Lunatic asylums United Provinces 1909-1921 - 1909-1921
Year: 1909
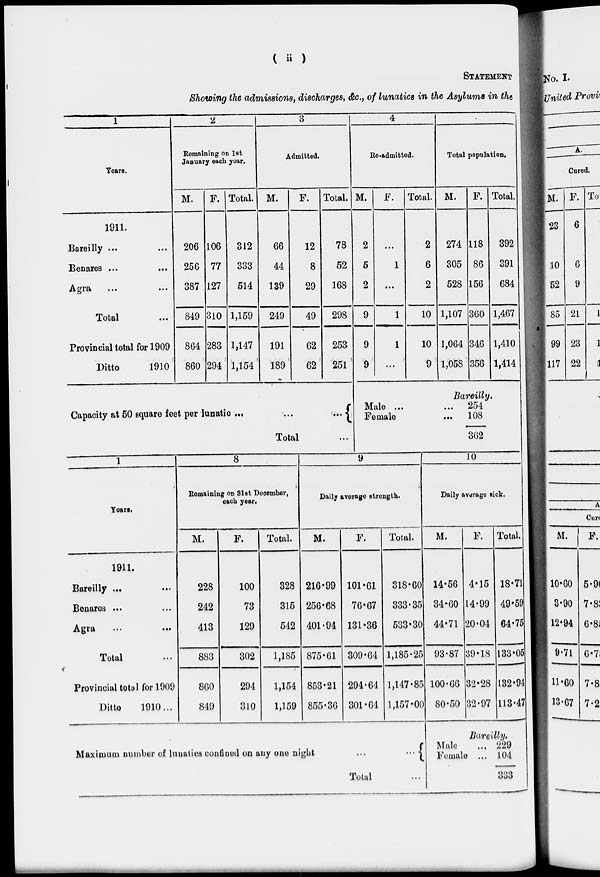
( ii )
STATEMENT
Showing the admissions, discharges, &c, of lunatics in the Asylums in the
1
Years.
1911.
Bareilly ... ...
Benares ...
...
Agra ... ...
Total ...
Provincial total for 1909
Ditto
1910
2
Remaining on 1st
January each year.
M.
206
256
387
849
864
860
F.
106
77
127
310
283
294
Total.
312
333
514
1,159
1,147
1,154
3
Admitted.
M.
66
44
139
249
191
189
F.
12
8
29
49
62
62
Total.
78
52
168
298
253
251
4
Re-admitted.
M.
2
5
2
9
9
9
F.
...
1
...
1
1
...
Total.
2
6
2
10
10
9
Total population.
M.
274
305
528
1,107
1,064
1,058
F.
118
86
156
360
346
356
Total.
392
391
684
1,467
1,410
1,414
Capacity at 50 square feet per lunatic
...
...
...
Total ...
Bareilly.
Male ... ...
Female
...
254
108
362
1
Years.
1911.
Bareilly ... ...
Benares ... ...
Agra ... ...
Total ...
Provincial total for 1909
Ditto
1910...
8
Remaining on 31st December,
each year.
M.
228
242
413
883
860
849
F.
100
73
129
302
294
310
Total.
328
315
542
1,185
1,154
1,159
9
Daily average strength.
M.
216.99
256.68
401.94
875.61
853.21
855.36
F.
101.61
76.67
131.36
309.64
294.64
301.64
Total.
318.60
333.35
533.30
1,185.25
1,147.85
1,157.00
10
Daily average sick.
M.
14.56
34.60
44.71
93.87
100.66
80.50
F.
4.15
14.99
20.04
39.18
32.28
32.97
Total.
18.71
49.59
64.75
133.05
132.94
113.47
Maximum number of lunatics confined on any one night
...
...
Total ...
Bareilly.
Male ...
Female ...
229
104
333